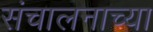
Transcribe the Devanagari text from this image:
संचालनाच्या